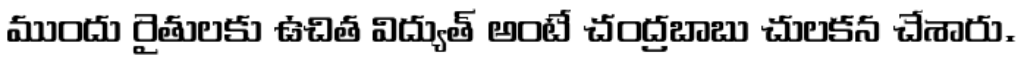
ముందు రైతులకు ఉచిత విద్యుత్ అంటే చంద్రబాబు చులకన చేశారు.